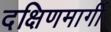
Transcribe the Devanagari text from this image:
दक्षिणमार्गी